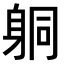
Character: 𨈹